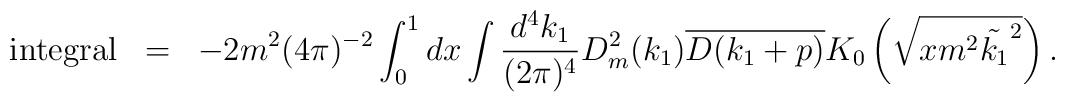
\begin{array}{rcl}{\rm integral}&=&\displaystyle -2m^2(4\pi)^{-2}\int_0^1 dx\int\frac{d^4k_1}{(2\pi)^4}D_m^2(k_1)\overline{D(k_1+p)}K_0\left(\sqrt{xm^2\tilde{k_1}^2}\right).\end{array}